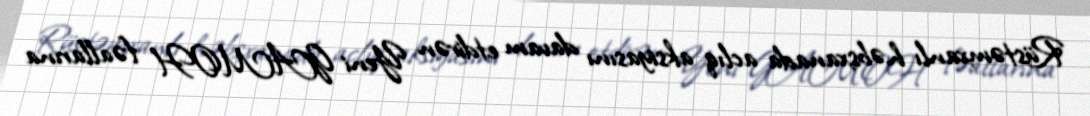
Rüstəmxanlı həbsxanada aclıq aksiyasını davam etdirən Yeni GAMOH fəallarına